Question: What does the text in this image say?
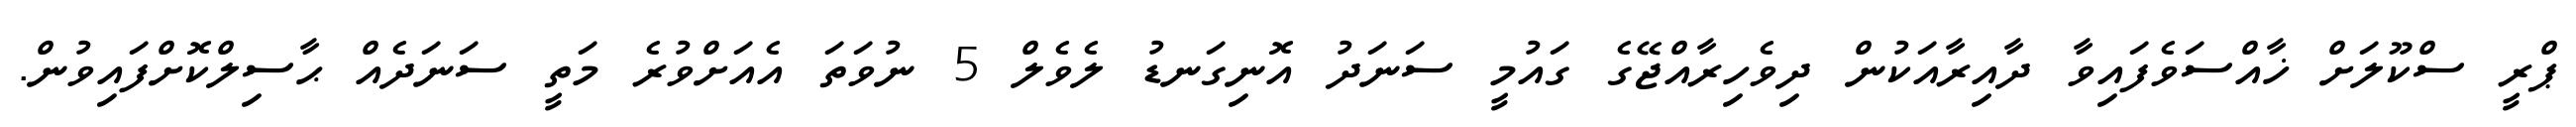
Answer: ޕްރީ ސްކޫލަށް ޚާއްސަވެފައިވާ ދާއިރާއަކުން ދިވެހިރާއްޖޭގެ ގައުމީ ސަނަދު އޮނިގަނޑު ލެވެލް 5 ނުވަތަ އެއަށްވުރެ މަތީ ސަނަދެއް ޙާސިލްކޮށްފައިވުން.